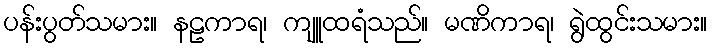
ပန်းပွတ်သမား။ နဠကာရ၊ ကျူထရံသည်။ မဏိကာရ၊ ရွဲထွင်းသမား။